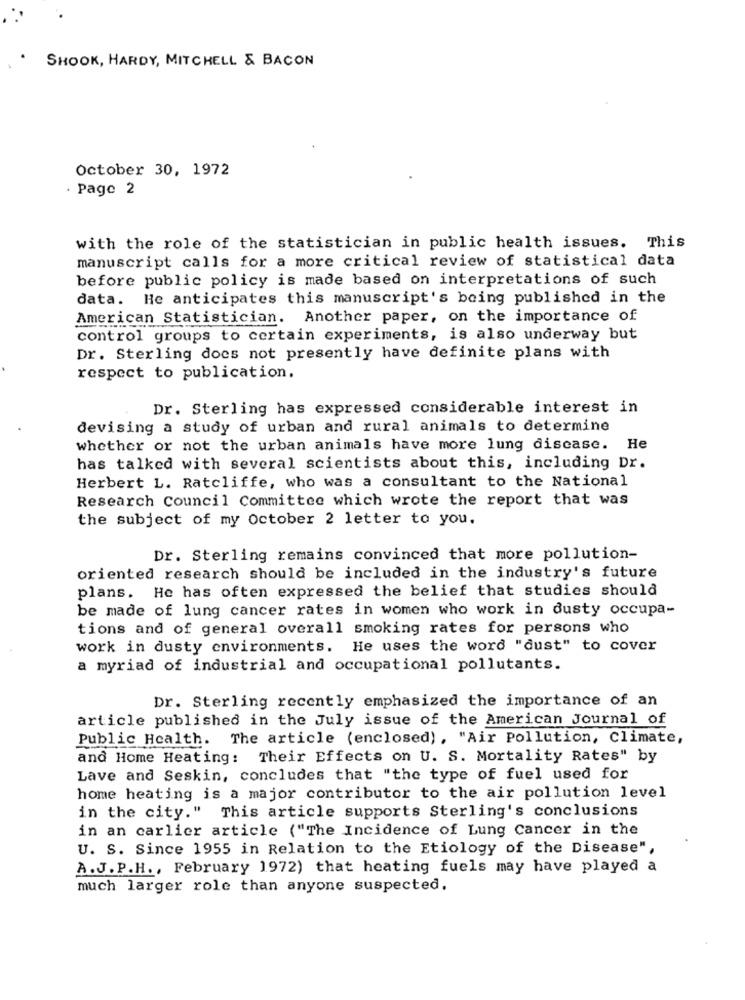
SHOOK, HARDY, MITCHELL & BACON
October 30, 1972
. Page 2
with the role of the statistician in public health issues. This
manuscript calls for a more critical review of statistical data
before public policy is made based on interpretations of such
data. He anticipates this manuscript's being published in the
American Statistician. Another paper, on the importance of
control groups to certain experiments, is also underway but
Dr. Sterling does not presently have definite plans with
respect to publication.
Dr. Sterling has expressed considerable interest in
devising a study of urban and rural animals to determine
whether or not the urban animals have more lung disease. He
has talked with several scientists about this, including Dr.
Herbert L. Ratcliffe, who was a consultant to the National
Research Council Committee which wrote the report that was
the subject of my October 2 letter to you.
Dr. Sterling remains convinced that more pollution-
oriented research should be included in the industry's future
plans. He has often expressed the belief that studies should
be made of lung cancer rates in women who work in dusty occupa-
tions and of general overall smoking rates for persons who
work in dusty environments. He uses the word "dust" to cover
a myriad of industrial and occupational pollutants.
Dr. Sterling recently emphasized the importance of an
article published in the July issue of the American Journal of
Public Health. The article (enclosed), "Air Pollution, Climate,
and Home Heating: Their Effects on U. S. Mortality Rates" by
Lave and Seskin, concludes that "the type of fuel used for
home heating is a major contributor to the air pollution level
in the city." This article supports Sterling's conclusions
in an carlier article ("The Incidence of Lung Cancer in the
U. S. Since 1955 in Relation to the Etiology of the Disease",
A.J. P.H ., February 1972) that heating fuels may have played a
much larger role than anyone suspected.